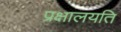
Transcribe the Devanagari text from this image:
प्रक्षालयति